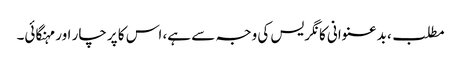
مطلب، بدعنوانی کانگریس کی وجہ سے ہے، اس کا پرچار اور مہنگائی۔